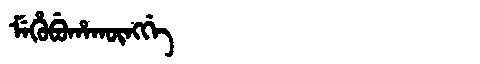
Manchu: ᠮᡝᡥᡠᠪᡠᡥᠠᡴᡡᠩᡤᡝ
Romanization: MEHUBUHAKŪNGGE